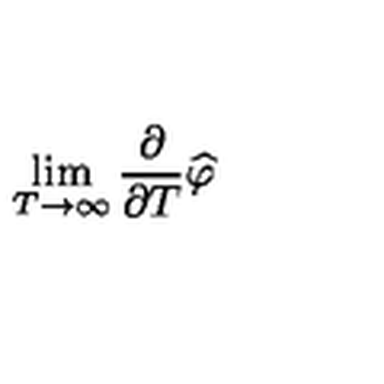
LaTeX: \lim _ { T \rightarrow \infty } \frac { \partial } { \partial T } \widehat { \varphi }